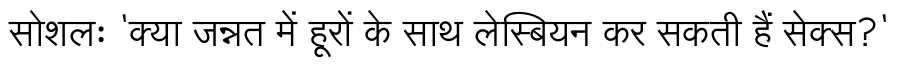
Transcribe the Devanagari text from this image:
सोशलः 'क्या जन्नत में हूरों के साथ लेस्बियन कर सकती हैं सेक्स?'